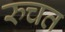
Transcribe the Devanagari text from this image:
रुचत